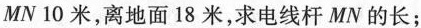
MN10米，离地面18米，求电线杆MN的长；